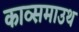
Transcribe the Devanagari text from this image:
काव्समाउथ